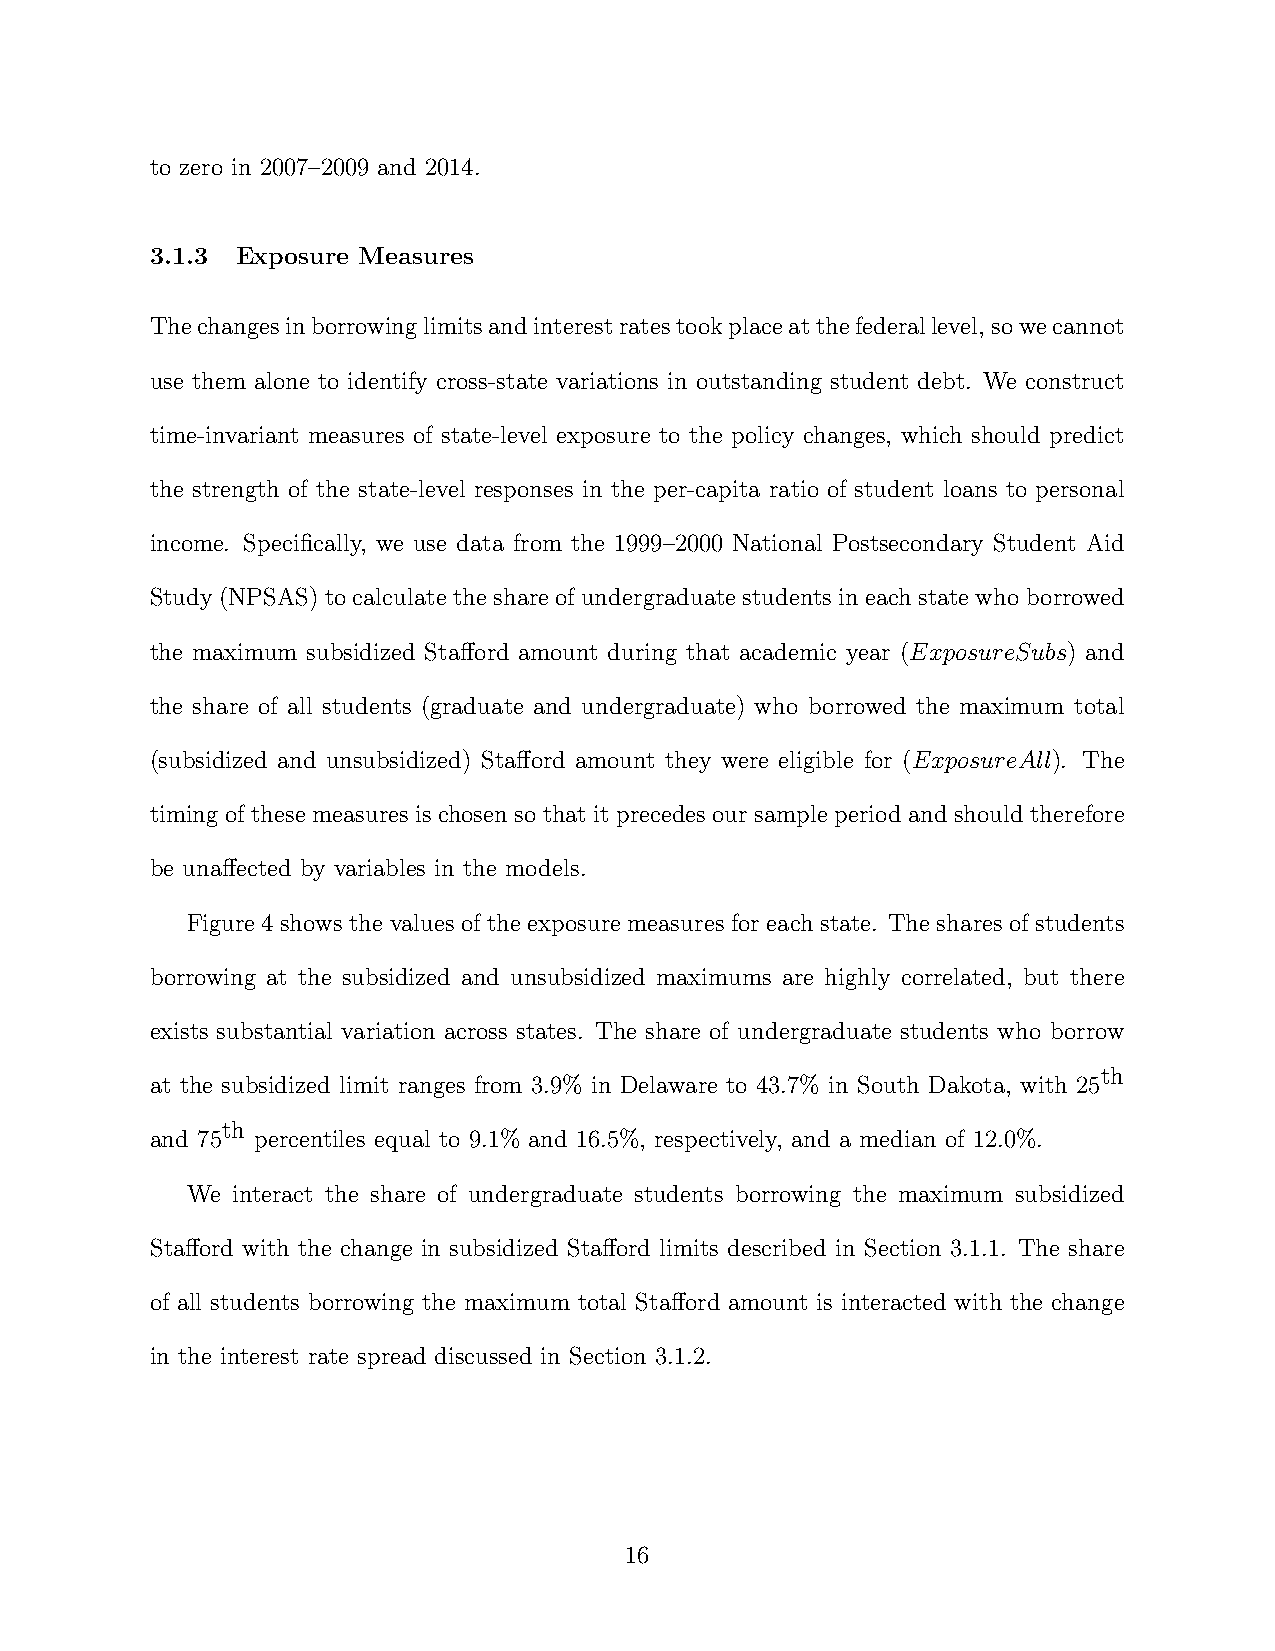
to zero in 2007–2009 and 2014.
 3.1.3 Exposure Measures
 Thechangesinborrowinglimitsandinterestratestookplaceatthefederallevel,sowecannot
 use them alone to identify cross-state variations in outstanding student debt. We construct
 time-invariant measures of state-level exposure to the policy changes, which should predict
 the strength of the state-level responses in the per-capita ratio of student loans to personal
 income. Specifically, we use data from the 1999–2000 National Postsecondary Student Aid
 Study (NPSAS) to calculate the share of undergraduate students in each state who borrowed
 the maximum subsidized Stafford amount during that academic year (ExposureSubs) and
 the share of all students (graduate and undergraduate) who borrowed the maximum total
 (subsidized and unsubsidized) Stafford amount they were eligible for (ExposureAll). The
 timing of these measures is chosen so that it precedes our sample period and should therefore
 be unaffected by variables in the models.
 Figure 4 shows the values of the exposure measures for each state. The shares of students
 borrowing at the subsidized and unsubsidized maximums are highly correlated, but there
 exists substantial variation across states. The share of undergraduate students who borrow
 th
 at the subsidized limit ranges from 3.9% in Delaware to 43.7% in South Dakota, with 25
 th
 and 75 percentiles equal to 9.1% and 16.5%, respectively, and a median of 12.0%.
 We interact the share of undergraduate students borrowing the maximum subsidized
 Stafford with the change in subsidized Stafford limits described in Section 3.1.1. The share
 of all students borrowing the maximum total Stafford amount is interacted with the change
 in the interest rate spread discussed in Section 3.1.2.
 16